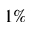
1 \%